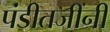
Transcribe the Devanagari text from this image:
पंडीतजींनी